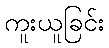
ကူးယူခြင်း